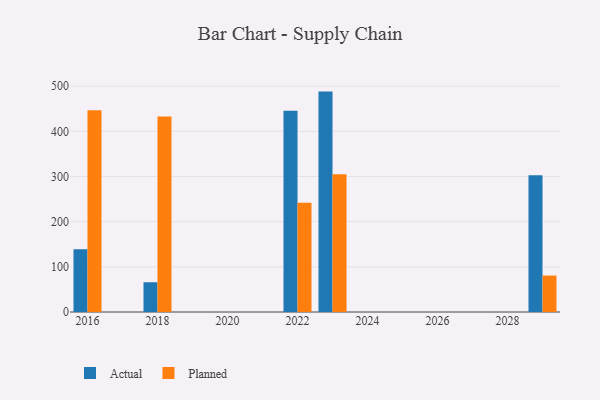
{"axis": {"x": "Year", "y": "Demand Index"}, "legend": ["Actual", "Planned"], "data": [{"x": "2016", "y": 138.9, "type": "Actual"}, {"x": "2016", "y": 446.7, "type": "Planned"}, {"x": "2018", "y": 65.9, "type": "Actual"}, {"x": "2018", "y": 432.6, "type": "Planned"}, {"x": "2029", "y": 302.9, "type": "Actual"}, {"x": "2029", "y": 80.7, "type": "Planned"}, {"x": "2022", "y": 445.6, "type": "Actual"}, {"x": "2022", "y": 242.1, "type": "Planned"}, {"x": "2023", "y": 487.9, "type": "Actual"}, {"x": "2023", "y": 305.2, "type": "Planned"}]}